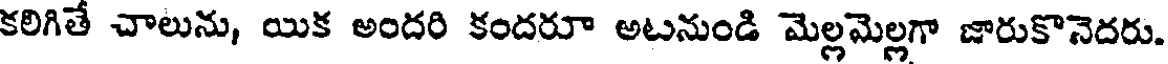
కలిగితే చాలును, యిక అందరి కందరూ అటనుండి మెల్లమెల్లగా జారుకొనెదరు.